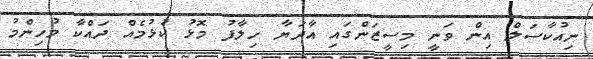
ނިއުކާސަލް އިން ވަނީ މިސީޒަންގައި އާދަޔާ ހިލާފު މޮޅު ކުޅުމެއް ދައްކާ މުހިންމު